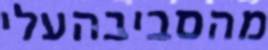
מהסביבהעלי